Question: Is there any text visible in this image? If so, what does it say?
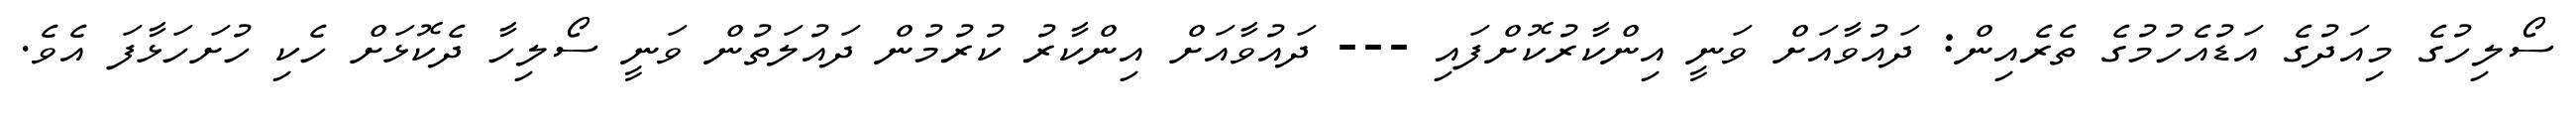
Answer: ސޯލިހުގެ މިއަދުގެ އަޑުއެހުމުގެ ތެރެއިން: ދައުވާއަށް ވަނީ އިންކާރުކޮށްފައި --- ދައުވާއަށް އިންކާރު ކުރުމުން ދައުލަތުން ވަނީ ސޯލިހާ ދެކޮޅަށް ހެކި ހުށަހަޅާފަ އެވެ.